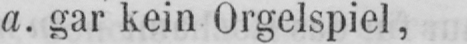
a. gar kein Orgelspiel,